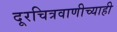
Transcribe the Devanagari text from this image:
दूरचित्रवाणीच्याही